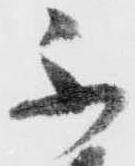
不